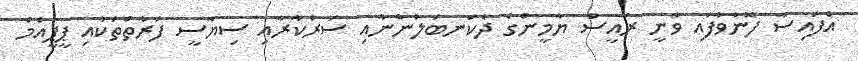
އެފައިސާ ފޮނުވާފައި ވާނީ ރައީސް ޔާމީންގެ ދެކަނބަލުންނާއި ސަރުކާރާއި ސިޔާސީ ފަރާތްތަކާއި ޕީޕީއެމް